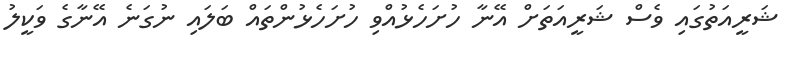
ޝަރީއަތުގައި ވެސް ޝަރީއަތަށް އޭނާ ހުށަހެޅުއްވި ހުށަހެޅުންތައް ބަލައި ނުގަނެ އޭނާގެ ވަކީލު